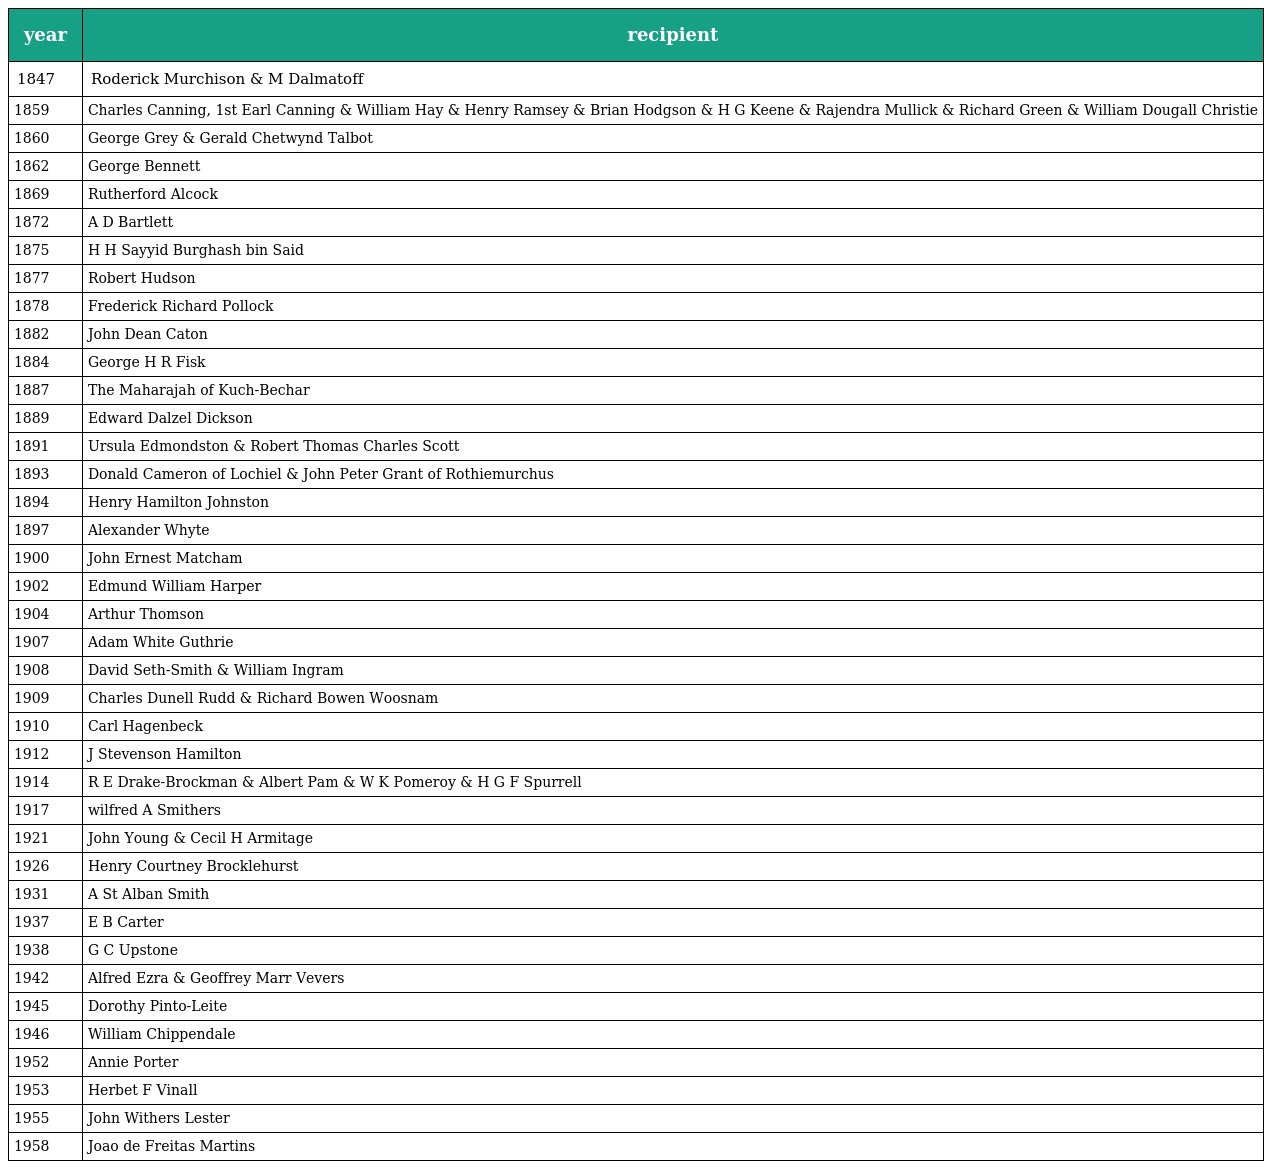
| year | recipient |
 | --- | --- |
 | 1847 | Roderick Murchison & M Dalmatoff |
 | 1859 | Charles Canning, 1st Earl Canning & William Hay & Henry Ramsey & Brian Hodgson & H G Keene & Rajendra Mullick & Richard Green & William Dougall Christie |
 | 1860 | George Grey & Gerald Chetwynd Talbot |
 | 1862 | George Bennett |
 | 1869 | Rutherford Alcock |
 | 1872 | A D Bartlett |
 | 1875 | H H Sayyid Burghash bin Said |
 | 1877 | Robert Hudson |
 | 1878 | Frederick Richard Pollock |
 | 1882 | John Dean Caton |
 | 1884 | George H R Fisk |
 | 1887 | The Maharajah of Kuch-Bechar |
 | 1889 | Edward Dalzel Dickson |
 | 1891 | Ursula Edmondston & Robert Thomas Charles Scott |
 | 1893 | Donald Cameron of Lochiel & John Peter Grant of Rothiemurchus |
 | 1894 | Henry Hamilton Johnston |
 | 1897 | Alexander Whyte |
 | 1900 | John Ernest Matcham |
 | 1902 | Edmund William Harper |
 | 1904 | Arthur Thomson |
 | 1907 | Adam White Guthrie |
 | 1908 | David Seth-Smith & William Ingram |
 | 1909 | Charles Dunell Rudd & Richard Bowen Woosnam |
 | 1910 | Carl Hagenbeck |
 | 1912 | J Stevenson Hamilton |
 | 1914 | R E Drake-Brockman & Albert Pam & W K Pomeroy & H G F Spurrell |
 | 1917 | wilfred A Smithers |
 | 1921 | John Young & Cecil H Armitage |
 | 1926 | Henry Courtney Brocklehurst |
 | 1931 | A St Alban Smith |
 | 1937 | E B Carter |
 | 1938 | G C Upstone |
 | 1942 | Alfred Ezra & Geoffrey Marr Vevers |
 | 1945 | Dorothy Pinto-Leite |
 | 1946 | William Chippendale |
 | 1952 | Annie Porter |
 | 1953 | Herbet F Vinall |
 | 1955 | John Withers Lester |
 | 1958 | Joao de Freitas Martins |